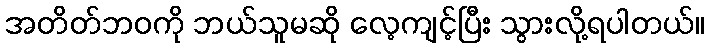
အတိတ်ဘဝကို ဘယ်သူမဆို လေ့ကျင့်ပြီး သွားလို့ရပါတယ်။